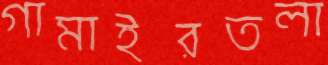
গামাইরতলা